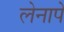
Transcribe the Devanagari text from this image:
लेनापे